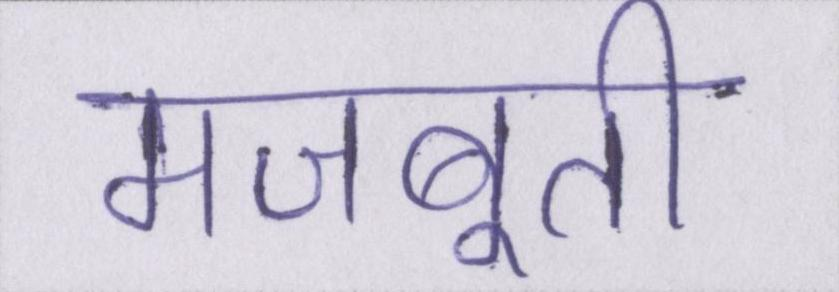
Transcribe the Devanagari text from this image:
मजबूती